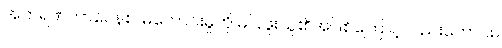
အကရဏဘာဝေနစ၊ မကောင်းမှုကို မပြုဖူးသူ၏အဖြစ်ကြောင့်လည်းကောင်း။